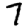
Digit: 7